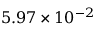
5 . 9 7 \times 1 0 ^ { - 2 }